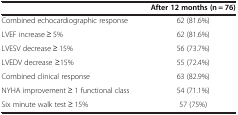
<table><thead><tr><td><b> </b></td><td><b>After 12 months (n = 76)</b></td></tr></thead><tbody><tr><td>Combined echocardiographic response</td><td>62 (81.6%)</td></tr><tr><td>LVEF increase ≥ 5%</td><td>62 (81.6%)</td></tr><tr><td>LVESV decrease ≥ 15%</td><td>56 (73.7%)</td></tr><tr><td>LVEDV decrease ≥15%</td><td>55 (72.4%)</td></tr><tr><td>Combined clinical response</td><td>63 (82.9%)</td></tr><tr><td>NYHA improvement ≥ 1 functional class</td><td>54 (71.1%)</td></tr><tr><td>Six minute walk test ≥ 15%</td><td>57 (75%)</td></tr></tbody></table>